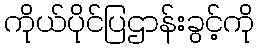
ကိုယ်ပိုင်ပြဌာန်းခွင့်ကို